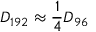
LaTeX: D _ { 1 9 2 } \approx { \frac { 1 } { 4 } } D _ { 9 6 }